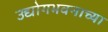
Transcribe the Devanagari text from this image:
उद्योगभवनाच्या